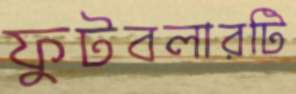
ফুটবলারটি